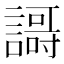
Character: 𲁶